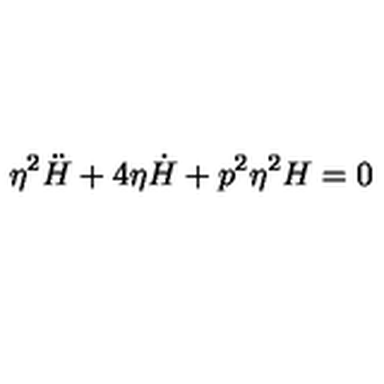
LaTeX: \eta ^ { 2 } \ddot { H } + 4 \eta \dot { H } + p ^ { 2 } \eta ^ { 2 } H = 0